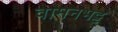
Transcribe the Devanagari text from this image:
वामनभट्ट